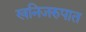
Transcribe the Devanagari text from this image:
खनिजरुपात